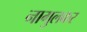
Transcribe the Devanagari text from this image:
नागुलकर